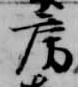
房